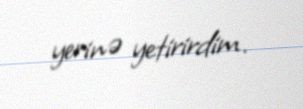
yerinə yetirirdim.